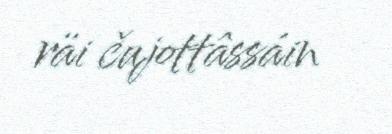
räi čujottâssáin